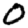
Digit: 0